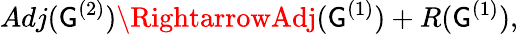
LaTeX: Adj(\mathsf{G}^{(2)})\RightarrowAdj(\mathsf{G}^{(1)})+R(\mathsf{G}^{(1)}),